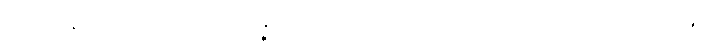
ဘိက္ခုနော၊ ရဟန်းသည်။ အဝိဇ္ဇာ၊ ဝဋ်ဆင်းရဲ။ ဣတိ၊ ဤသို့။ အဝေါစ၊ မိန့်တော်မူ၏။